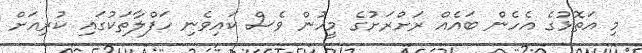
މި އަތޮޅުގެ އެހެން ބައެއް ރަށްރަށުގެ މީހުން ވެސް ކައިވެނި ހަފްލާތަކުގައި ކުރިއަށް